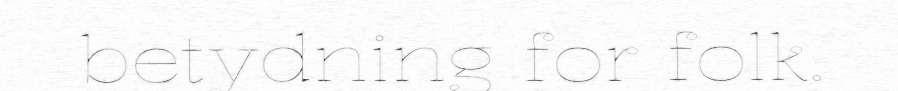
betydning for folk.